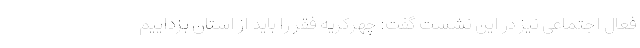
فعال اجتماعی نیز در این نشست گفت: چهرکریه فقر را باید از استان بزداییم